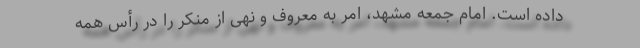
داده است. امام جمعه مشهد، امر به معروف و نهی از منکر را در رأس همه